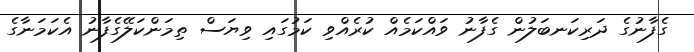
ގެފާނުގެ ދަރިކަނބަލުން ގެފާނު ވައްކަމެއް ކުރެއްވި ކަމުގައި ވިޔަސް ތިމަންކަލޭގެފާނު އެކަމަނާގެ